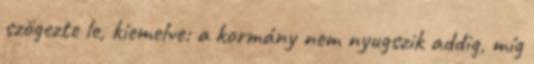
szögezte le, kiemelve: a kormány nem nyugszik addig, míg